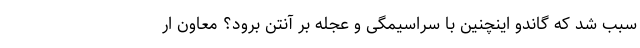
سبب شد که گاندو اینچنین با سراسیمگی و عجله بر آنتن برود؟ معاون ار